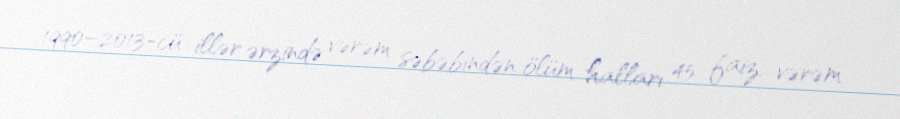
1990–2013-cü illər ərzində vərəm səbəbindən ölüm halları 45 faiz, vərəm